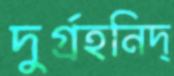
দুর্গ্রহনিদ্